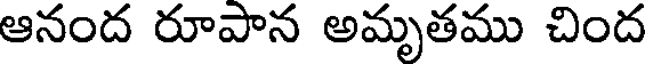
ఆనంద రూపాన అమృతము చింద